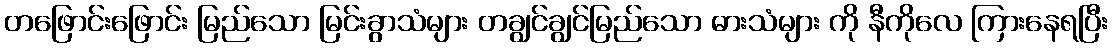
တဖြောင်းဖြောင်း မြည်သော မြင်းခွာသံများ တချွင်ချွင်မြည်သော ဓားသံများ ကို နီကိုလေ ကြားနေရပြီး